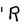
Character: R